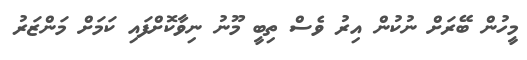
މީހުން ބޭރަށް ނުކުން އިރު ވެސް ތިބީ މޫނު ނިވާކޮށްފައި ކަމަށް މަންޒަރު